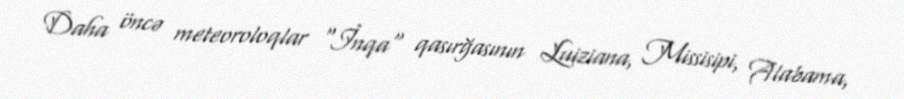
Daha öncə meteoroloqlar "İnqa" qasırğasının Luiziana, Missisipi, Alabama,